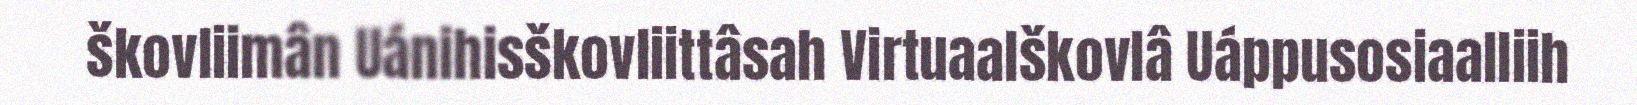
škovliimân Uánihisškovliittâsah Virtuaalškovlâ Uáppusosiaalliih